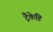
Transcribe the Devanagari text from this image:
ट्रैकेडि